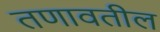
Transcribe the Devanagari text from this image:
तणावतील